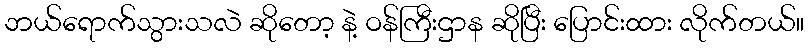
ဘယ်ရောက်သွားသလဲ ဆိုတော့ နဲ့ ဝန်ကြီးဌာန ဆိုပြီး ပြောင်းထား လိုက်တယ်။